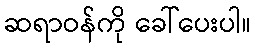
ဆရာဝန်ကို ခေါ်ပေးပါ။